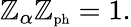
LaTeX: \mathbb{Z}_{\alpha}\mathbb{Z}_{\mathrm{{\scriptsize{ph}}}}=1.